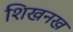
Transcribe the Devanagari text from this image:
शिखनख